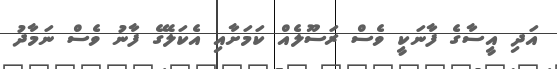
އަދި އީސާގެ ފާނަކީ ވެސް ރަސޫލެއް ކަމަށާއި އެކަލޭގެ ފާނު ވެސް ނަމާދު